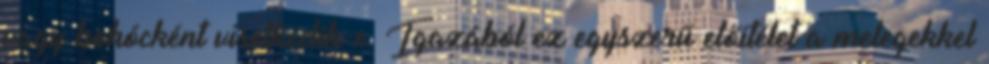
vagy bohócként viselkedik-e. Igazából ez egyszerű előítélet a melegekkel